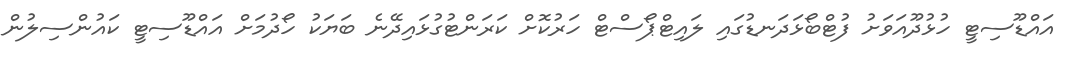
އައްޑޫސިޓީ ހުޅުދޫއަވަށު ފުޓްބޯޅަދަނޑުގައި ލައިޓްޕޯސްޓް ހަރުކޮށް ކަރަންޓުގުޅައިދޭނެ ބަޔަކު ހޯދުމަށް އައްޑޫސިޓީ ކައުންސިލުން